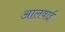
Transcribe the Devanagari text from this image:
आलवाई